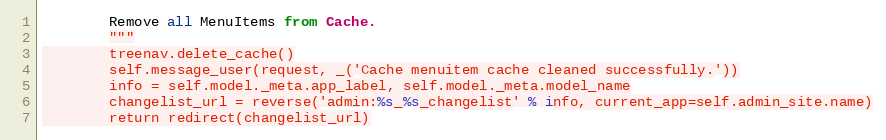
Language: Python
        Remove all MenuItems from Cache.
        """
        treenav.delete_cache()
        self.message_user(request, _('Cache menuitem cache cleaned successfully.'))
        info = self.model._meta.app_label, self.model._meta.model_name
        changelist_url = reverse('admin:%s_%s_changelist' % info, current_app=self.admin_site.name)
        return redirect(changelist_url)